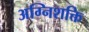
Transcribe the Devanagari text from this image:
अग्निशक्ति